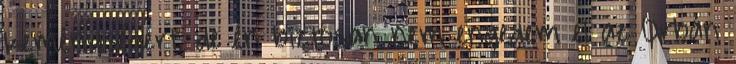
keménységért, de én biztosan nem engedem el az Orbán